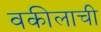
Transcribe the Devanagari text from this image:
वकीलाची